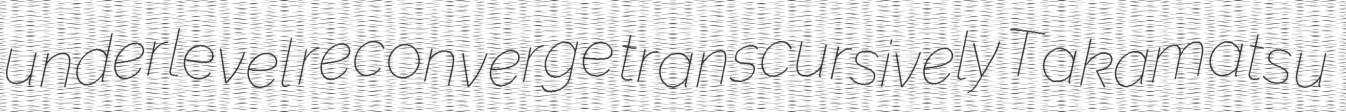
underlevel reconverge transcursively Takamatsu